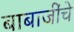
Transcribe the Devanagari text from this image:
बाबाजींचे